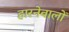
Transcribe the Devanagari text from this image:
हारनेवालों